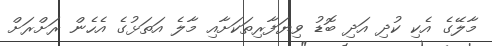
މާލޭގެ އެކި ކުދި އަދި ބޮޑު ވިޔަފާރިތަކަށާއި މާލެ އަތަޅުގެ އެހެން ރަށްރަށް